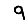
Digit: 9